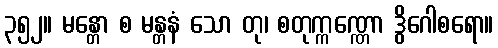
၃၅၂။ မန္တော စ မန္တနံ သော တု၊ စတုက္ကဏ္ဏော ဒွိဂေါစရော။